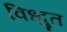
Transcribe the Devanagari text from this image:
विध्दुत